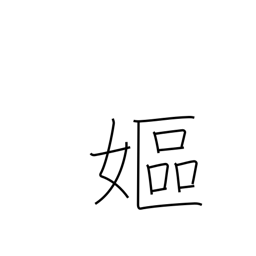
Meaning: old woman